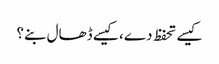
کیسے تحفظ دے، کیسے ڈھال بنے؟